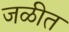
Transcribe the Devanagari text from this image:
जळीत